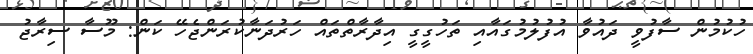
ހުކުމުން ސާފުވީ ދައުވާ އުފުލުމުގައާއި ތަހުގީގީ އިދާރާތްތައް ހަރުދަނާކުރަންޖެހޭ ކަން: މޫސާ ސިރާޖު